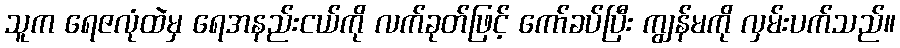
သူက ရေဇလုံထဲမှ ရေအနည်းငယ်ကို လက်ခုတ်ဖြင့် ကော်ခပ်ပြီး ကျွန်မကို လှမ်းပက်သည်။